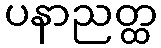
ပနာညတ္ထ